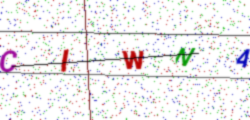
Text: CIWNA